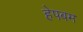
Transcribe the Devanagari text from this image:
हेपबम